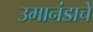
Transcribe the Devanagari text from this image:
उमानंडाचे